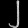
Digit: ၂